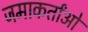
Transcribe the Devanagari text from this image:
जमाकर्तांओं